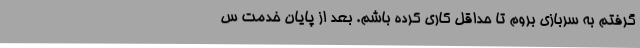
گرفتم به سربازی بروم تا حداقل کاری کرده باشم. بعد از پایان خدمت س